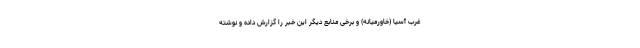
غرب آسیا (خاورمیانه) و برخی منابع دیگر این خبر را گزارش داده و نوشته